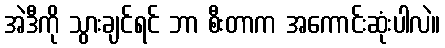
အဲဒီကို သွားချင်ရင် ဘာ စီးတာက အကောင်းဆုံးပါလဲ။